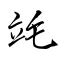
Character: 竓